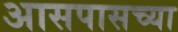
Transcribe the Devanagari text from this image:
अासपासच्या